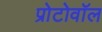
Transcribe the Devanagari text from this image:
प्रोटोवॉल